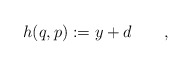
\begin{align*}h(q,p):=y+d \qquad,\end{align*}